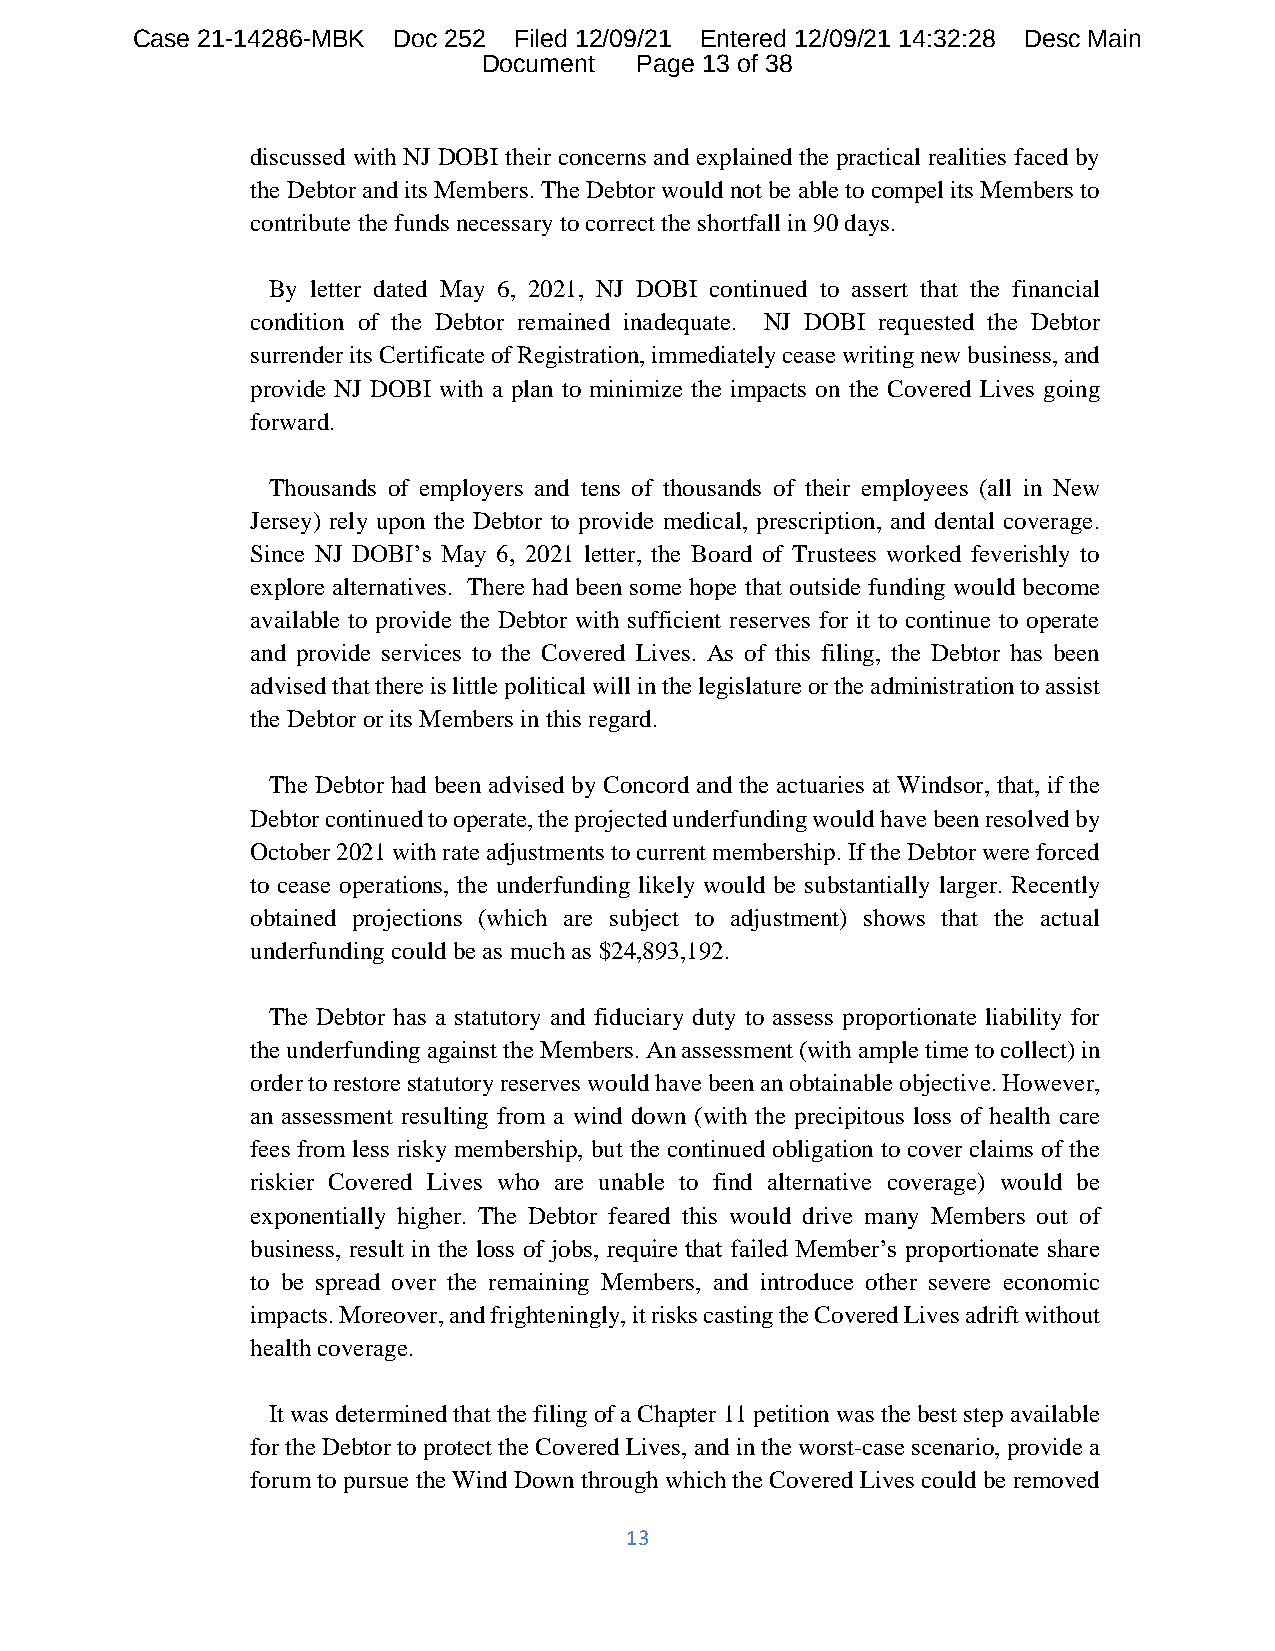
Case 21-14286-MBK Doc 252 Filed 12/09/21 Entered 12/09/21 14:32:28 Desc Main
 Document  Page 13 of 38
 discussed with NJ DOBI their concerns and explained the practical realities faced by
 the Debtor and its Members. The Debtor would not be able to compel its Members to
 contribute the funds necessary to correct the shortfall in 90 days.
 By letter dated May 6, 2021, NJ DOBI continued to assert that the financial
 condition of the Debtor remained inadequate. NJ DOBI requested the Debtor
 surrender its Certificate of Registration, immediately cease writing new business, and
 provide NJ DOBI with a plan to minimize the impacts on the Covered Lives going
 forward.
 Thousands of employers and tens of thousands of their employees (all in New
 Jersey) rely upon the Debtor to provide medical, prescription, and dental coverage.
 Since NJ DOBI’s May 6, 2021 letter, the Board of Trustees worked feverishly to
 explore alternatives. There had been some hope that outside funding would become
 available to provide the Debtor with sufficient reserves for it to continue to operate
 and provide services to the Covered Lives. As of this filing, the Debtor has been
 advised that there is little political will in the legislature or the administration to assist
 the Debtor or its Members in this regard.
 The Debtor had been advised by Concord and the actuaries at Windsor, that, if the
 Debtor continued to operate, the projected underfunding would have been resolved by
 October 2021 with rate adjustments to current membership. If the Debtor were forced
 to cease operations, the underfunding likely would be substantially larger. Recently
 obtained projections (which are subject to adjustment) shows that the actual
 underfunding could be as much as $24,893,192.
 The Debtor has a statutory and fiduciary duty to assess proportionate liability for
 the underfunding against the Members. An assessment (with ample time to collect) in
 order to restore statutory reserves would have been an obtainable objective. However,
 an assessment resulting from a wind down (with the precipitous loss of health care
 fees from less risky membership, but the continued obligation to cover claims of the
 riskier Covered Lives who are unable to find alternative coverage) would be
 exponentially higher. The Debtor feared this would drive many Members out of
 business, result in the loss of jobs, require that failed Member’s proportionate share
 to be spread over the remaining Members, and introduce other severe economic
 impacts. Moreover, and frighteningly, it risks casting the Covered Lives adrift without
 health coverage.
 It was determined that the filing of a Chapter 11 petition was the best step available
 for the Debtor to protect the Covered Lives, and in the worst-case scenario, provide a
 forum to pursue the Wind Down through which the Covered Lives could be removed
 13